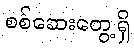
စစ်ဆေးတွေ့ရှိ